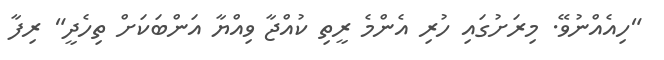
"ހިއެއްނުވޭ. މިރަށުގައި ހުރި އެންމެ ރީތި ކުއްޖާ ވިއްޔާ އަންބަކަށް ތިހެދީ" ރިފާ